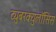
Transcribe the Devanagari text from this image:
ट्युुबरक्युलॉसिस